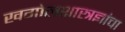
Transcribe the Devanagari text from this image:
खगोलशास्त्रज्ञांचा